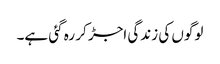
لوگوں کی زندگی اجڑ کر رہ گئی ہے۔